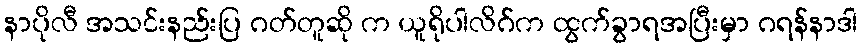
နာပိုလီ အသင်းနည်းပြ ဂတ်တူဆို က ယူရိုပါလိဂ်က ထွက်ခွာရအပြီးမှာ ဂရန်နာဒါ